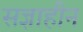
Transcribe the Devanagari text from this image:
सज्ञाहीन